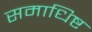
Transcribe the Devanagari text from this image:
समाधिष्ट